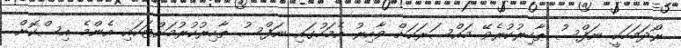
ރޯދަމަހަކީ ނަފްސު ޠާހިރުކުރެވޭ މައްސަރަކަށް ވާއިރު އެމަހުގައި ނަފްސު ޠާހިރުކުރުމަށްޓަކައި އެންމެ އިސްކޮށް